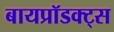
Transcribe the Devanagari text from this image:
बायप्रॉडक्ट्स